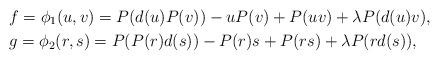
LaTeX: \begin{align*}&f = \phi_1(u,v) = P(d(u) P(v))- uP(v)+ P(uv) + \lambda P(d(u) v), \\ &g = \phi_2(r,s)= P(P(r)d(s)) - P(r)s + P(rs) +\lambda P(rd(s)),\end{align*}